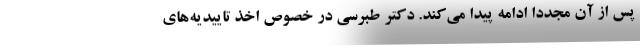
پس از آن مجددا ادامه پیدا می‌کند. دکتر طبرسی در خصوص اخذ تاییدیه‌های